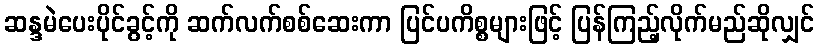
ဆန္ဒမဲပေးပိုင်ခွင့်ကို ဆက်လက်စစ်ဆေးကာ ပြင်ပကိစ္စများဖြင့် ပြန်ကြည့်လိုက်မည်ဆိုလျှင်